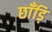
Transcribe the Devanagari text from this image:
छाँड़ि